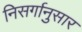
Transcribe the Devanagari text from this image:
निसर्गानुसार